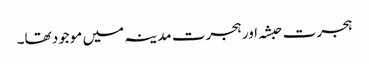
ہجرت حبشہ اور ہجرت مدینہ میں موجود تھا۔